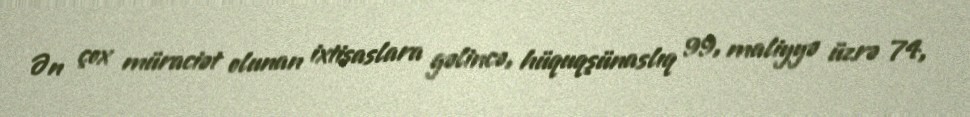
Ən çox müraciət olunan ixtisaslara gəlincə, hüquqşünaslıq 99, maliyyə üzrə 74,